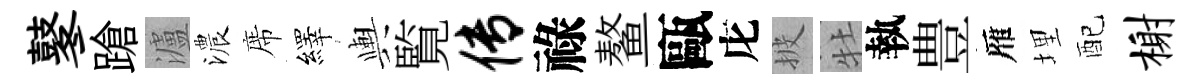
鼕蹌瀘濃席繹輿覧传祿鳌甌庀披牡執豊雁埋配榭